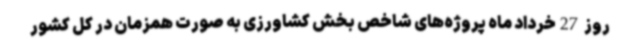
روز 27خرداد ماه پروژه‌های شاخص بخش کشاورزی به صورت همزمان در کل کشور